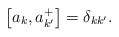
\begin{align*}\left[ a_{k},a_{k^{\prime }}^{+}\right] =\delta _{k k^{\prime }}.\end{align*}